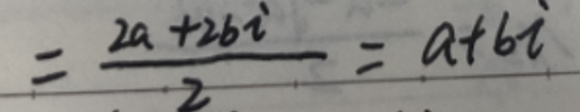
\[=\frac{2a + 2bi}{2}=a + bi\]